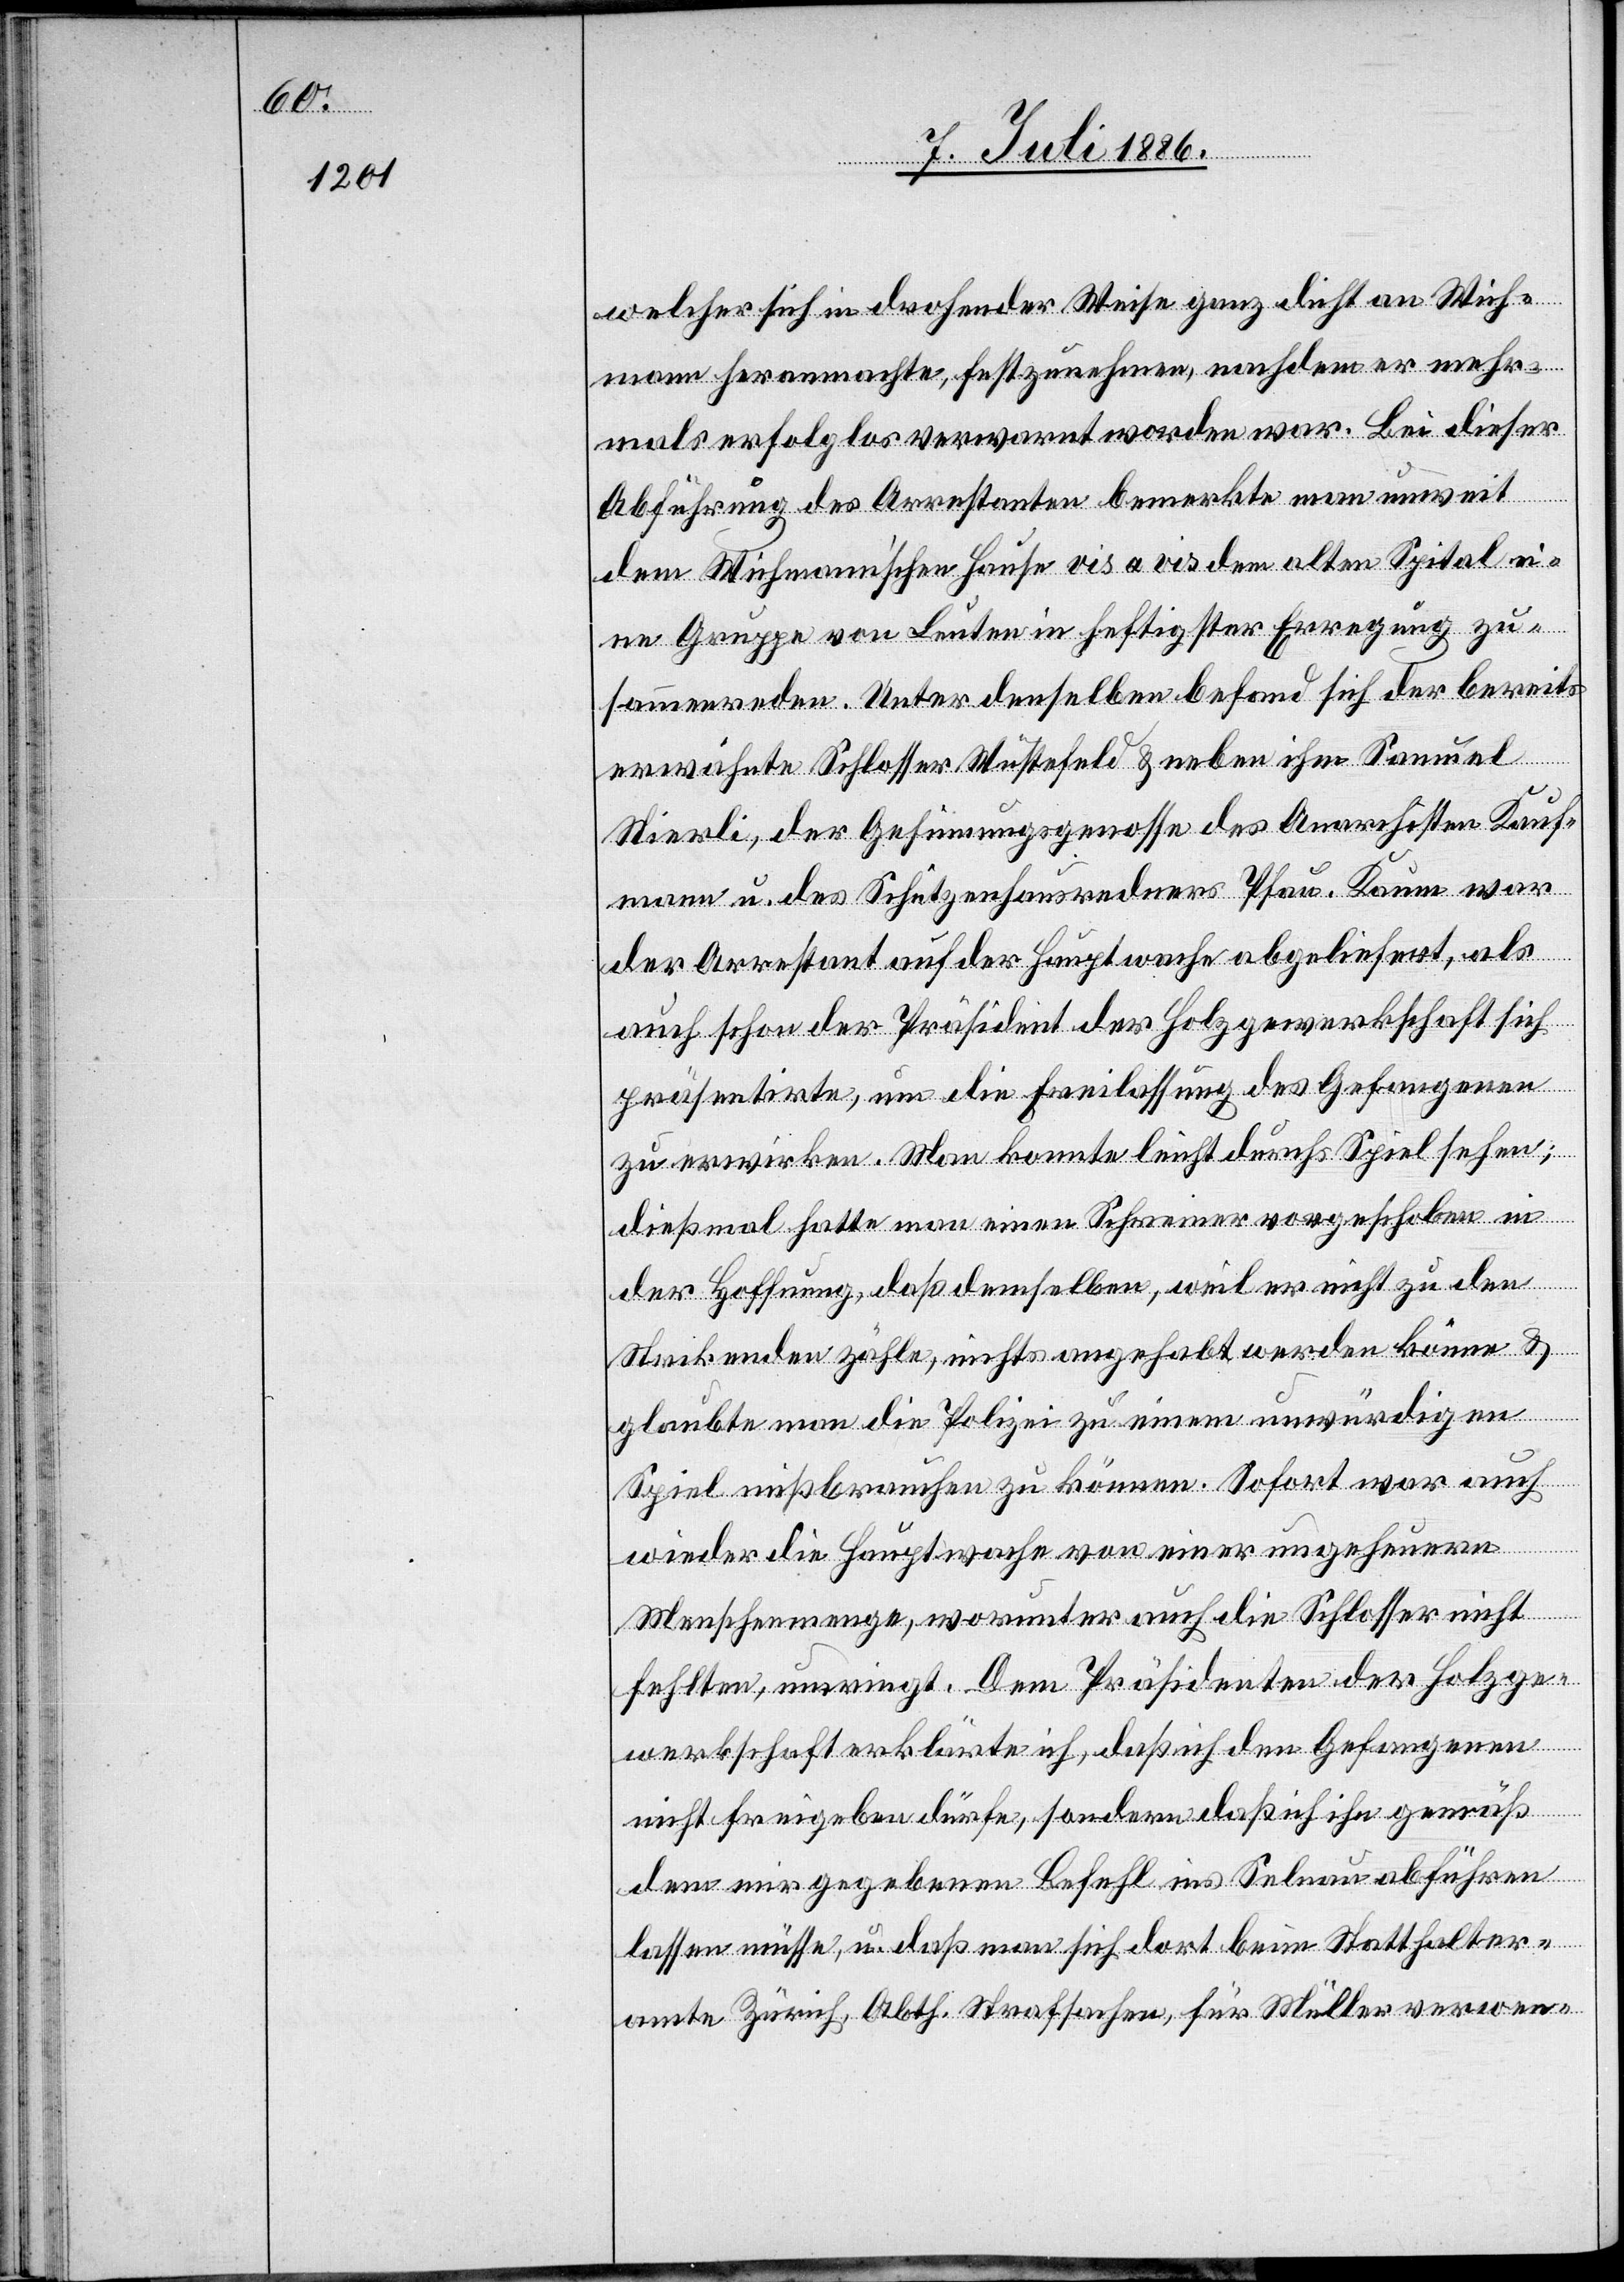
welcher sich in drohender Weise ganz dicht an Wich¬
mann heranmachte, festzunehmen, nachdem er mehr¬
mals erfolglos verwarnt worden war. Bei dieser
Abführung des Arrestanten bemerkte man unweit
dem Wichmann’schen Hause vis a vis dem alten Spital ei¬
ne Gruppe von Leuten in heftigster Erregung zu¬
sammenkommend. Unter denselben befand sich der bereits
erwähnte Schlosser Wüstefeld & neben ihm Samuel
Stierli, der Gesinnungsgenosse des Anarchisten Kauf¬
mann u. des Schützenhausredners Pfau. Kaum war
der Arrestant auf der Hauptwache abgeliefert, als
auch schon der Präsident der Holzgewerkschaft sich
präsentirte, um die Freilassung des Gefangenen
zu erwirken. Man konnte leicht durchs Spiel sehen;
dießmal hatte man einen Schreiner vorgeschoben in
der Hoffnung, daß demselben, weil er nicht zu den
Strikenden zählte, nichts angehabt werden könne &
glaubte man die Polizei zu einem unwürdigen
Spiel mißbrauchen zu können. Sofort war auch
wieder die Hauptwache von einer ungeheuren
Menschenmenge, worunter auch die Schlosser nicht
fehlten, umringt. Dem Präsidenten der Holzge¬
werkschaft erklärte ich, daß ich den Gefangenen
nicht freigeben dürfe, sondern daß ich ihn gemäß
dem mir gegebenen Befehl ins Selnau abführen
lassen müsse, u. daß man sich dort beim Statthalter¬
amte Zürich, Abth. Strafsachen, für Müller verwen-